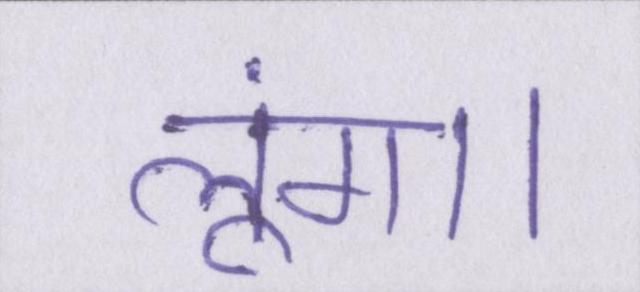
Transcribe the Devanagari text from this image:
लूंगा।